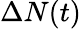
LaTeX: \Delta N(t)